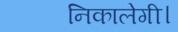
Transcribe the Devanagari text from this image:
निकालेगी।